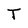
Character: T